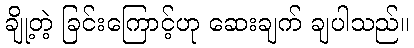
ချို့တဲ့ ခြင်းကြောင့်ဟု ဆေးချက် ချပါသည်။